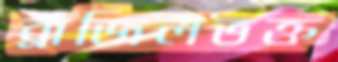
ব্রাজিলভক্ত